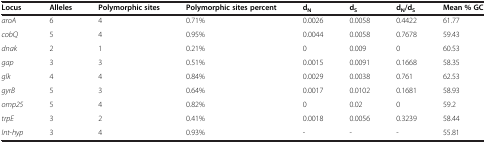
<table><thead><tr><td><b>Locus</b></td><td><b>Alleles</b></td><td><b>Polymorphic sites</b></td><td><b>Polymorphic sites percent</b></td><td><b>d<sub>N</sub></b></td><td><b>d<sub>S</sub></b></td><td><b>d<sub>N</sub>/d<sub>S</sub></b></td><td><b>Mean % GC</b></td></tr></thead><tbody><tr><td><i>aroA</i></td><td>6</td><td>4</td><td>0.71%</td><td>0.0026</td><td>0.0058</td><td>0.4422</td><td>61.77</td></tr><tr><td><i>cobQ</i></td><td>5</td><td>4</td><td>0.95%</td><td>0.0044</td><td>0.0058</td><td>0.7678</td><td>59.43</td></tr><tr><td><i>dnak</i></td><td>2</td><td>1</td><td>0.21%</td><td>0</td><td>0.009</td><td>0</td><td>60.53</td></tr><tr><td><i>gap</i></td><td>3</td><td>3</td><td>0.51%</td><td>0.0015</td><td>0.0091</td><td>0.1668</td><td>58.35</td></tr><tr><td><i>glk</i></td><td>4</td><td>4</td><td>0.84%</td><td>0.0029</td><td>0.0038</td><td>0.761</td><td>62.53</td></tr><tr><td><i>gyrB</i></td><td>5</td><td>3</td><td>0.64%</td><td>0.0017</td><td>0.0102</td><td>0.1681</td><td>58.93</td></tr><tr><td><i>omp25</i></td><td>5</td><td>4</td><td>0.82%</td><td>0</td><td>0.02</td><td>0</td><td>59.2</td></tr><tr><td><i>trpE</i></td><td>3</td><td>2</td><td>0.41%</td><td>0.0018</td><td>0.0056</td><td>0.3239</td><td>58.44</td></tr><tr><td><i>Int</i>-<i>hyp</i></td><td>3</td><td>4</td><td>0.93%</td><td>-</td><td>-</td><td>-</td><td>55.81</td></tr></tbody></table>